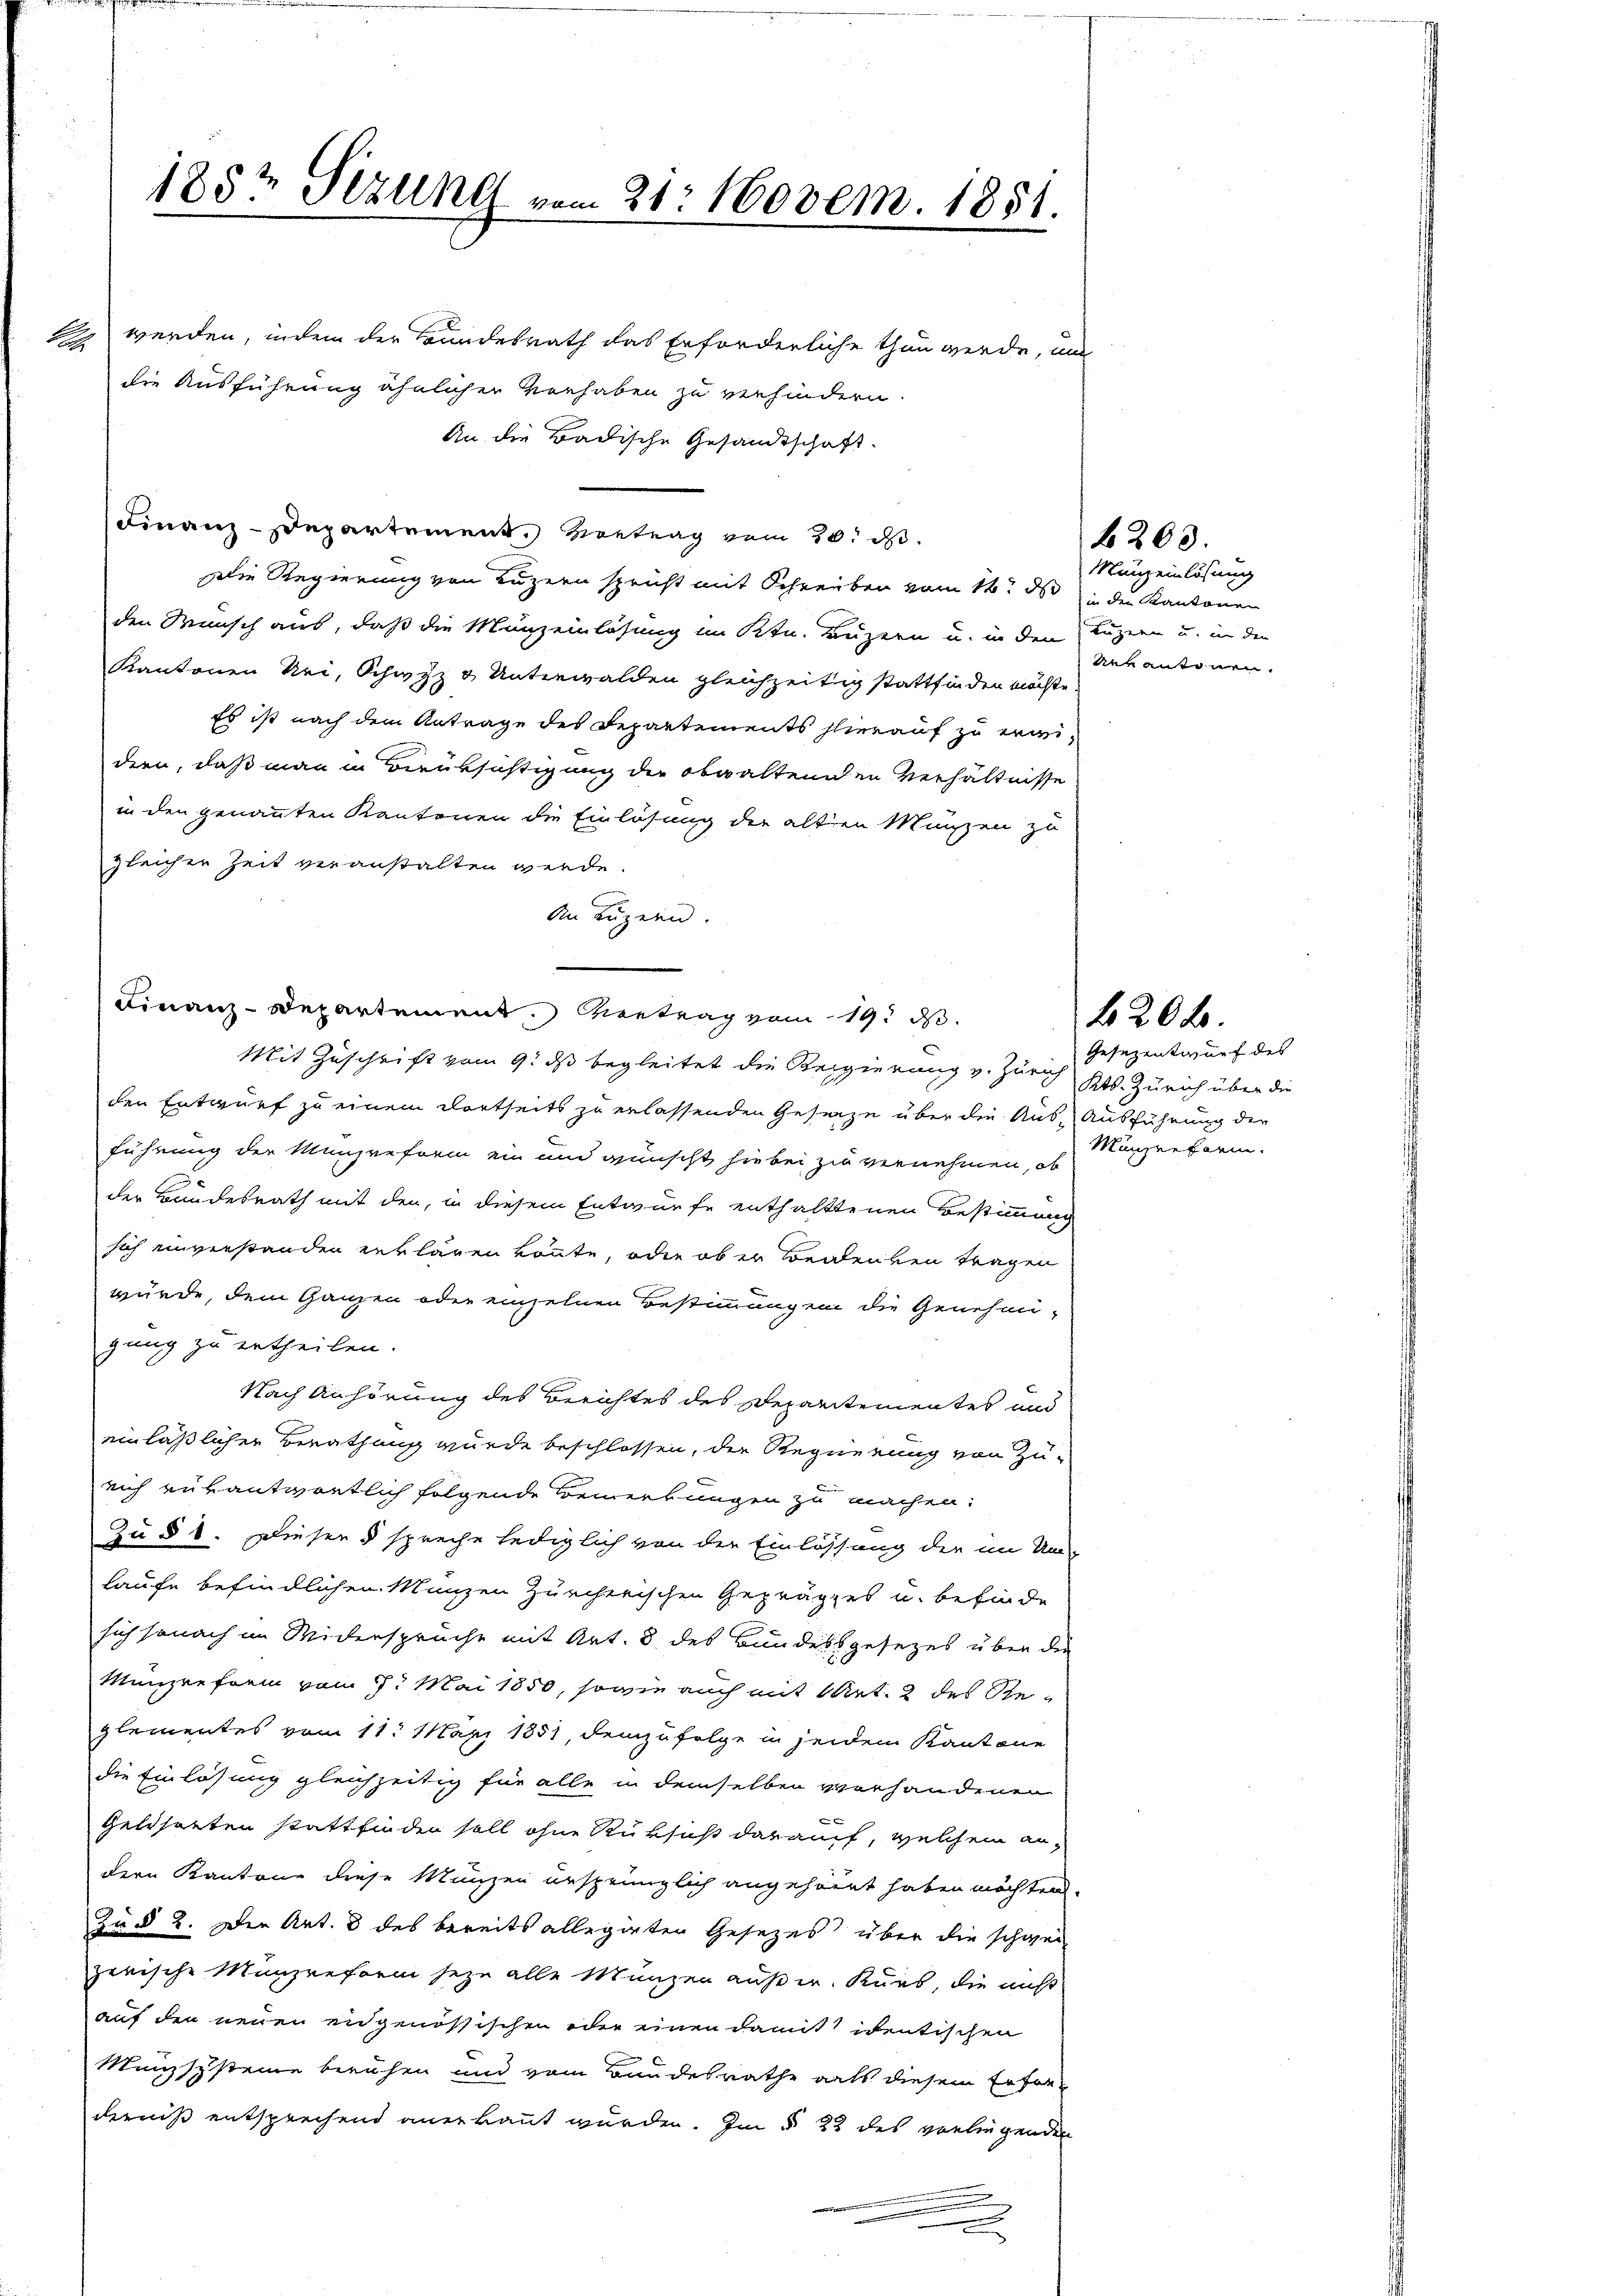
S

185t Sezung vom 21. Novem. 1851.

werden, indem der Bundesrath das Erforderliche thun werde, um
die Ausführung ähnlicher Verhaben zu verhindern.
An die Badische Gesandtschaft.
Finanz-Departement. Vortrag vom 30. d.
Die Regierung von Luzern spricht mit Schreiben vom 14. ds in der Kantonen
den Wunsch aus, daß die Munzeinlösung im Ktn. Luzern u. in den Luzern u. in den
Kantonen Uri, Schwyz & Unterwalden gleichzeitig stattfinden möchte
Es ist nach dem Antrage des Departements hierauf zu weidern, daß man in Berüksichtigung die obwaltenden Verhältnisse
in den genannten Kantonen die Einlösung der alten Münzen zu
gleicher Zeit veranstalten werde.
An Luzern.
Finanz-Departement. Vertrag vom 19. ds.
Mit Zuschrift vom 9. ds begleitet die Regierung v. Zürich sezentwurf des
den Entwurf zu einem dortseits zu erlassenden Gesanze über die Aus- Ausführung der
führung der Münzreform ein und wünscht hiebei zu vernehmen, ob
der Bundesrath mit den, in diesem Entwurfe enthalttenen Bestimmung
sich einverstanden erklären könnte, oder ob er Beidenken tragen
würde, dem Ganzen oder einzelnen Bestimmungen die Genehmi-
gung zu ertheilen.
Nach Anhörung des Berichtes des Deparitementes und
einläßlicher Berathung wurde beschlossen, der Regierung von Zu-
rich verantwortlich folgende Bemerkungen zu machen:
Zu § 8. Dieser 5 spreche lediglich von der Einlassung der im Um-
laufe befindlichen Manzen Zürcherischen Geprägzes u. befinde
sich sonach im Widerspruche mit Art. 8 des Bundessgesezes über die
Münzreform vom 9. Mai 1850, sowie auch mit Art. 2 des Reglementes vom 11. März 1851, demzufolge in jedem Kantone
die Einlösung gleichzeitig für alle in demselben verhandenen
n
Geldsalten stattfinden soll ohne Rüksicht darauf, welchem an-
dern Kantone diese Münzen ursprünglich angehöret haben möchten.
Zu § 2. Der Art. 8 des bereits allegierten Gesezes über die schwei
zerische Münzreform sein alle Münzen außer Kurs, die nicht
auf den neuen eidgenössischen oder einen damit identischen
Münzsysteine beruhen und vom Bundesrathe als diesem Erforderniß entsprechend anerkannt wurden. Im § 22 des vorliegenden
.

203.
Munzeinlösung
Une antenen.

Kts. Zürich über die
Münzreform.

f 20 x